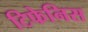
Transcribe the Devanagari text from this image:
टिफेनिस